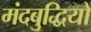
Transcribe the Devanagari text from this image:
मंदबुद्धियों